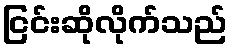
ငြင်းဆိုလိုက်သည်